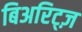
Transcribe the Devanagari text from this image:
बिअरिट्ज़